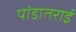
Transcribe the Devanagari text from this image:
पांडातराई